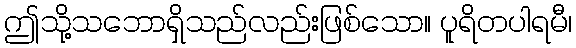
ဤသို့သဘောရှိသည်လည်းဖြစ်သော။ ပူရိတပါရမီ၊